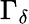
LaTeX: \Gamma_{\delta}